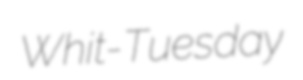
Whit-Tuesday